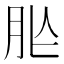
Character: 𦙐